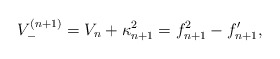
\begin{align*}V^{(n+1)}_{-}=V_{n}+\kappa_{n+1}^2=f_{n+1}^2-f_{n+1}^{\prime},\end{align*}